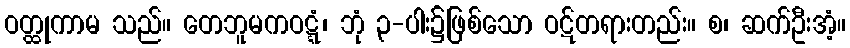
ဝတ္ထုကာမ သည်။ တေဘူမကဝဋ္ဋံ၊ ဘုံ ၃-ပါး၌ဖြစ်သော ဝဋ်တရားတည်း။ စ၊ ဆက်ဦးအံ့။